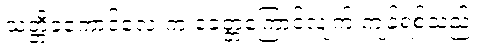
သတ္တိခဲကောင်လေးက ခေတ္တကြောင်လျက် ကျန်ရစ်သည်။